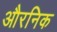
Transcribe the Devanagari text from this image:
औरनिक